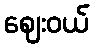
ဈေးဝယ်